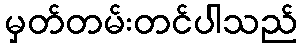
မှတ်တမ်းတင်ပါသည်